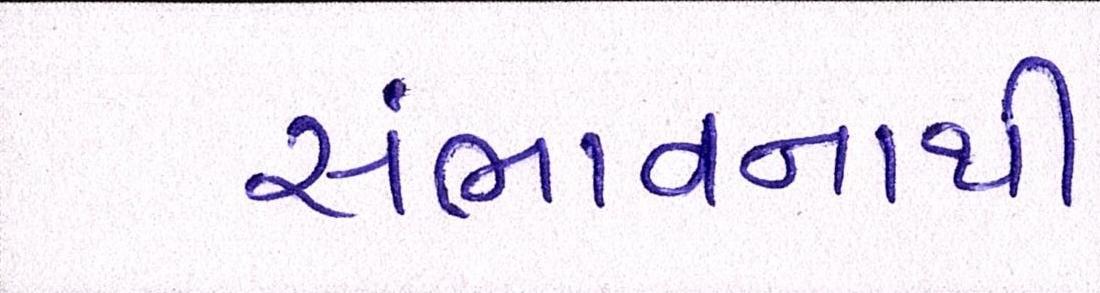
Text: સંભાવનાથી